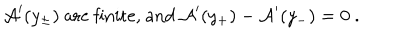
LaTeX: { \cal A } ^ { \prime } ( y _ { \pm } ) ~ { \mathrm { a r e ~ f i n i t e , ~ a n d } } ~ { \cal A } ^ { \prime } ( y _ { + } ) - { \cal A } ^ { \prime } ( y _ { - } ) = 0 ~ .